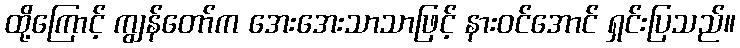
ထို့ကြောင့် ကျွန်တော်က အေးအေးသာသာဖြင့် နားဝင်အောင် ရှင်းပြသည်။